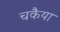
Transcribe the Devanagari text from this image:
चकैया